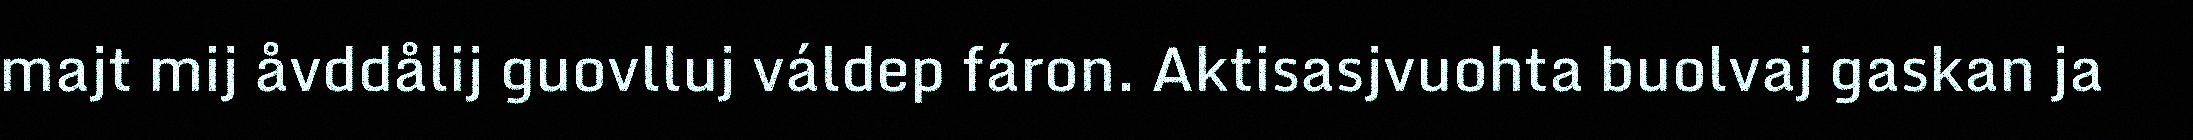
majt mij åvddålij guovlluj váldep fáron. Aktisasjvuohta buolvaj gaskan ja